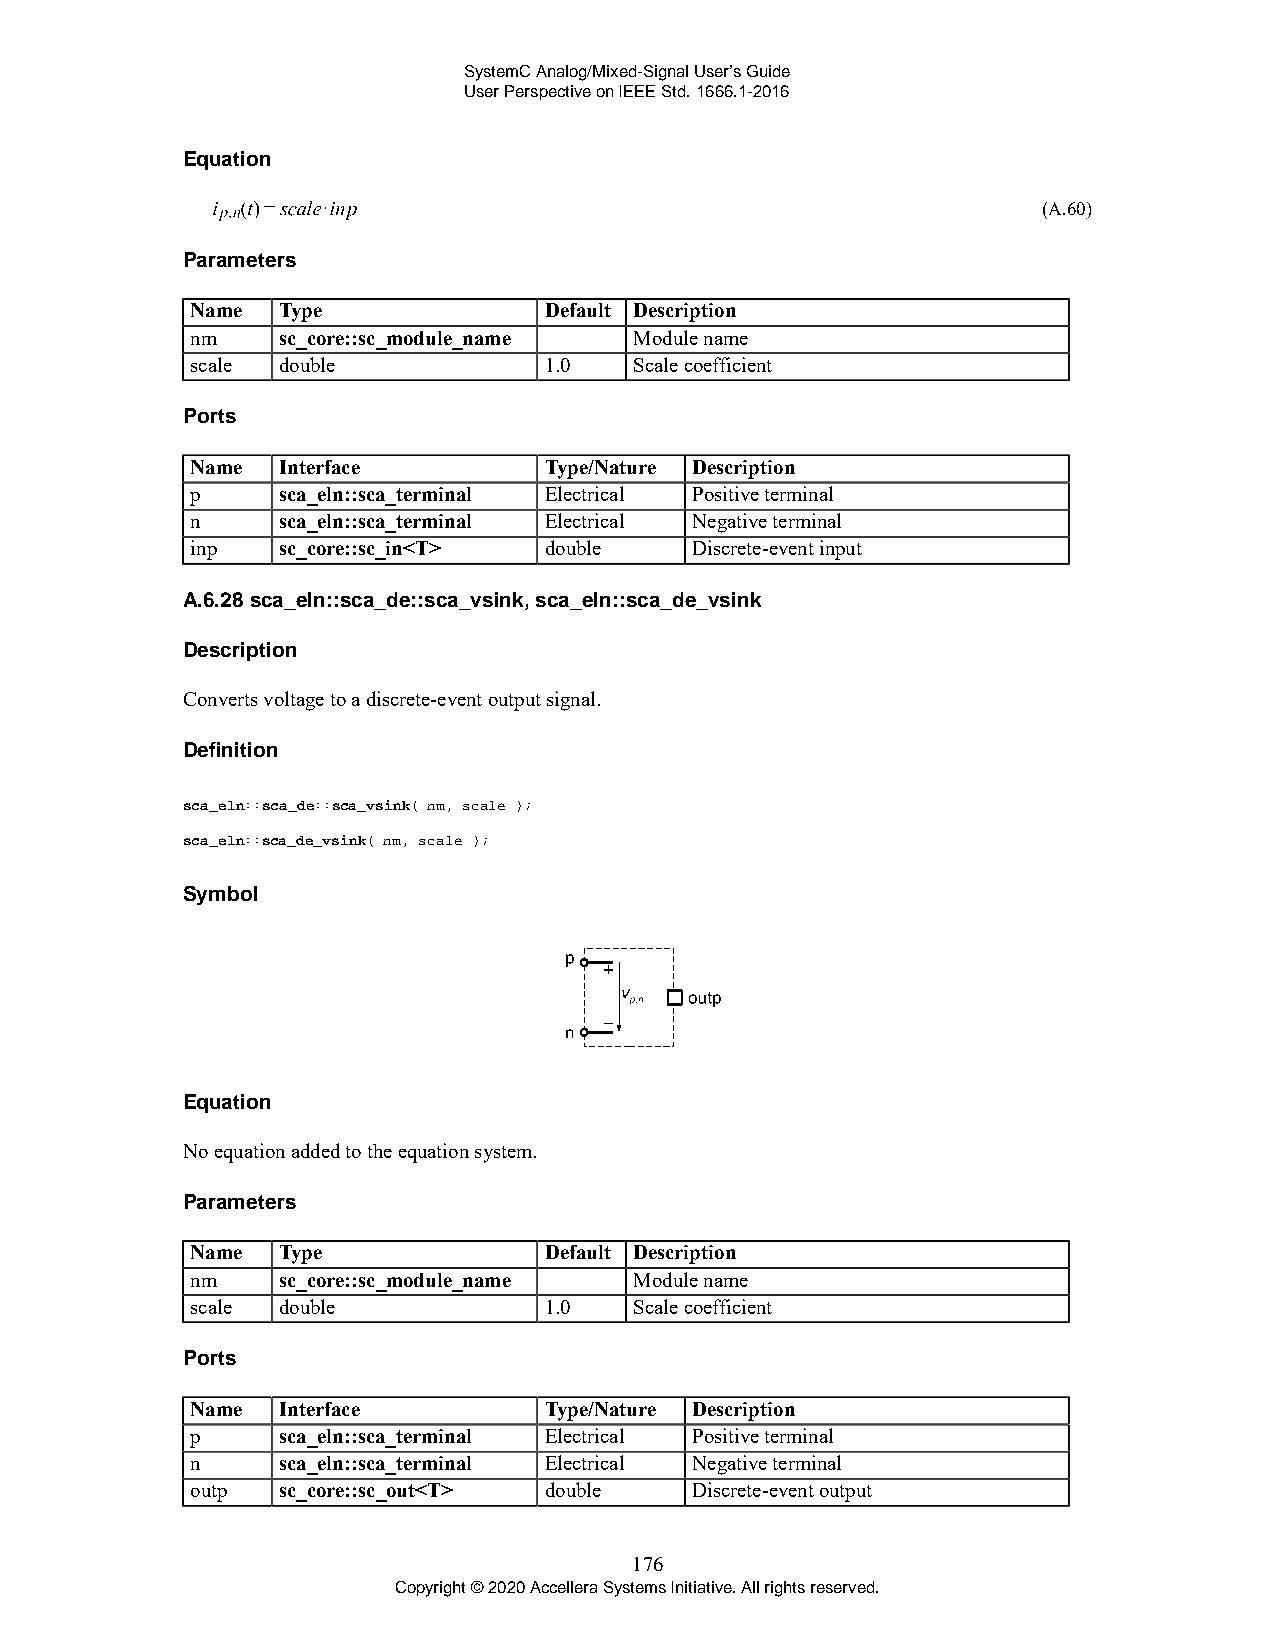
SystemC Analog/Mixed-Signal User’s Guide
 User Perspective on IEEE Std. 1666.1-2016
 Equation
 (A.60)
 Parameters
 Name Type              Default Description
 nm   sc_core::sc_module_name Module name
 scale double           1.0   Scale coefficient
 Ports
 Name Interface         Type/Nature Description
 p    sca_eln::sca_terminal Electrical Positive terminal
 n    sca_eln::sca_terminal Electrical Negative terminal
 inp  sc_core::sc_in<T> double    Discrete-event input
 A.6.28 sca_eln::sca_de::sca_vsink, sca_eln::sca_de_vsink
 Description
 Converts voltage to a discrete-event output signal.
 Definition
 sca_eln::sca_de::sca_vsink( nm, scale );
 sca_eln::sca_de_vsink( nm, scale );
 Symbol
 Equation
 No equation added to the equation system.
 Parameters
 Name Type              Default Description
 nm   sc_core::sc_module_name Module name
 scale double           1.0   Scale coefficient
 Ports
 Name Interface         Type/Nature Description
 p    sca_eln::sca_terminal Electrical Positive terminal
 n    sca_eln::sca_terminal Electrical Negative terminal
 outp sc_core::sc_out<T> double   Discrete-event output
 176
 Copyright © 2020 Accellera Systems Initiative. All rights reserved.